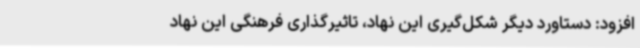
افزود: دستاورد دیگر شکل‌گیری این نهاد، تاثیرگذاری فرهنگی این نهاد